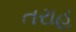
તરાહ